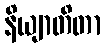
နိယျာတိတာ